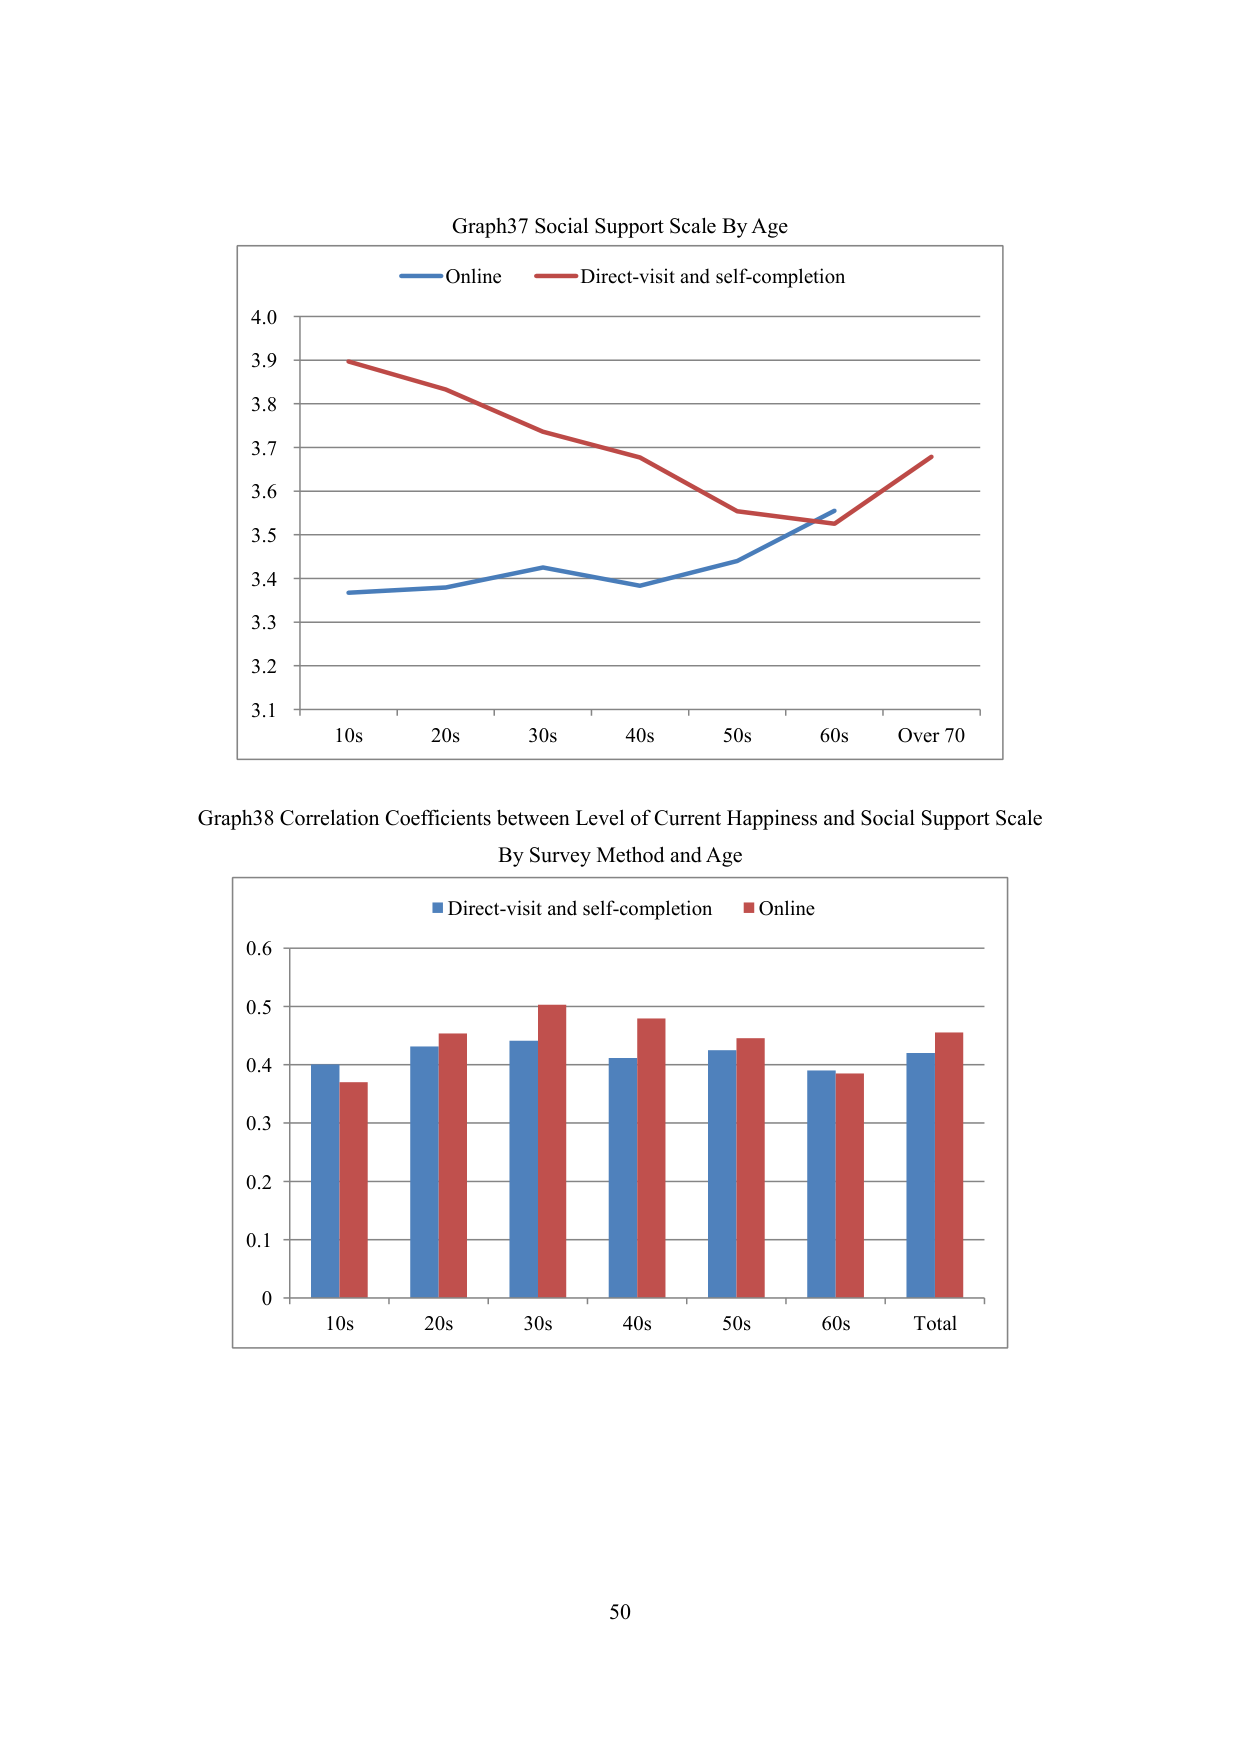
Graph37 Social Support Scale By Age
Online
Direct-visit and self-completion
4.0
3.9
3.8
3.7
3.6
3.5
3.4
3.3
3.2
3.1
10s  20s  30s  40s  50s  60s  Over 70

Graph38 Correlation Coefficients between Level of Current Happiness and Social Support Scale
By Survey Method and Age
Direct-visit and self-completion
Online
0.6
0.5
0.4
0.3
0.2
0.1
0
10s  20s  30s  40s  50s  60s  Total

50